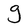
Character: g